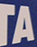
TA